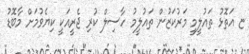
ޏ އަތޮޅު ތައުލީމީ މަރުކަޒުން ތައުލީމު ހާސިލް ކުރި ޖެރީއަކީ ކިޔެވުމަށް މާބޮޑު